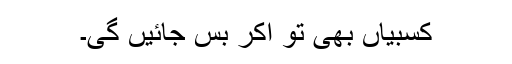
کسبیاں بھی تو آکر بس جائیں گی۔